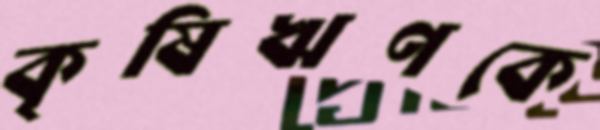
কৃষিঋণকে